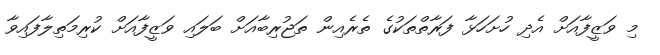
މި ވަޒީފާއަށް އެދި ހުށަހަޅާ ފަރާތްތަކުގެ ތެރެއިން ތަޖުރިބާއަށް ބަލައި ވަޒީފާއަށް ކުރިމަތިލާފައިވާ